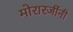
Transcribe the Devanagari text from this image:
मोरारजींनी